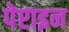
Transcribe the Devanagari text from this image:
पेप्टाइन